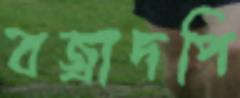
বজ্রাদপি